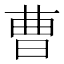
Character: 曹